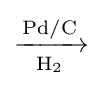
\mathrm {\xrightarrow[{H_{2}}]{Pd/C}}